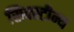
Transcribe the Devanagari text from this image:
सिक्स्टीन्थ